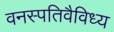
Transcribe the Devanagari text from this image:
वनस्पतिवैविध्य